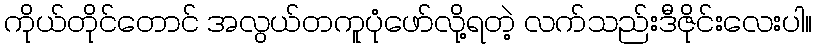
ကိုယ်တိုင်တောင် အလွယ်တကူပုံဖော်လို့ရတဲ့ လက်သည်းဒီဇိုင်းလေးပါ။